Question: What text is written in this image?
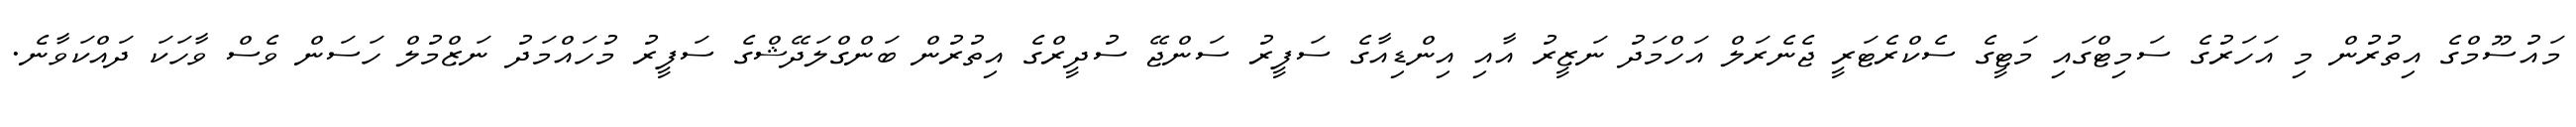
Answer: މައުސޫމްގެ އިތުރުން މި އަހަރުގެ ސަމިޓްގައި މަޓީގެ ސެކްރެޓަރީ ޖެނެރަލް އަހްމަދު ނަޒީރު އާއި އިންޑިއާގެ ސަފީރު ސަންޖޭ ސުދީރްގެ އިތުރުން ބަންގްލަދޭޝްގެ ސަފީރު މުހައްމަދު ނަޒްމުލް ހަސަން ވެސް ވާހަކަ ދައްކަވާނެ.